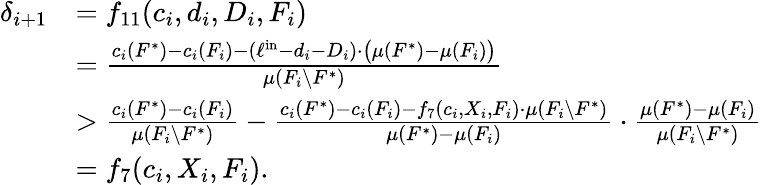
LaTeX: \begin{array}{rl}{\delta_{i+1}}&{=f_{11}(c_{i},d_{i},D_{i},F_{i})}\\ {}&{=\frac{c_{i}(F^{*})-c_{i}(F_{i})-(\ell^{\mathrm{in}}-d_{i}-D_{i})\cdot\big(\mu(F^{*})-\mu(F_{i})\big)}{\mu(F_{i}\setminus F^{*})}}\\ {}&{>\frac{c_{i}(F^{*})-c_{i}(F_{i})}{\mu(F_{i}\setminus F^{*})}-\frac{c_{i}(F^{*})-c_{i}(F_{i})-f_{7}(c_{i},X_{i},F_{i})\cdot\mu(F_{i}\setminus F^{*})}{\mu(F^{*})-\mu(F_{i})}\cdot\frac{\mu(F^{*})-\mu(F_{i})}{\mu(F_{i}\setminus F^{*})}}\\ {}&{=f_{7}(c_{i},X_{i},F_{i}).}\end{array}